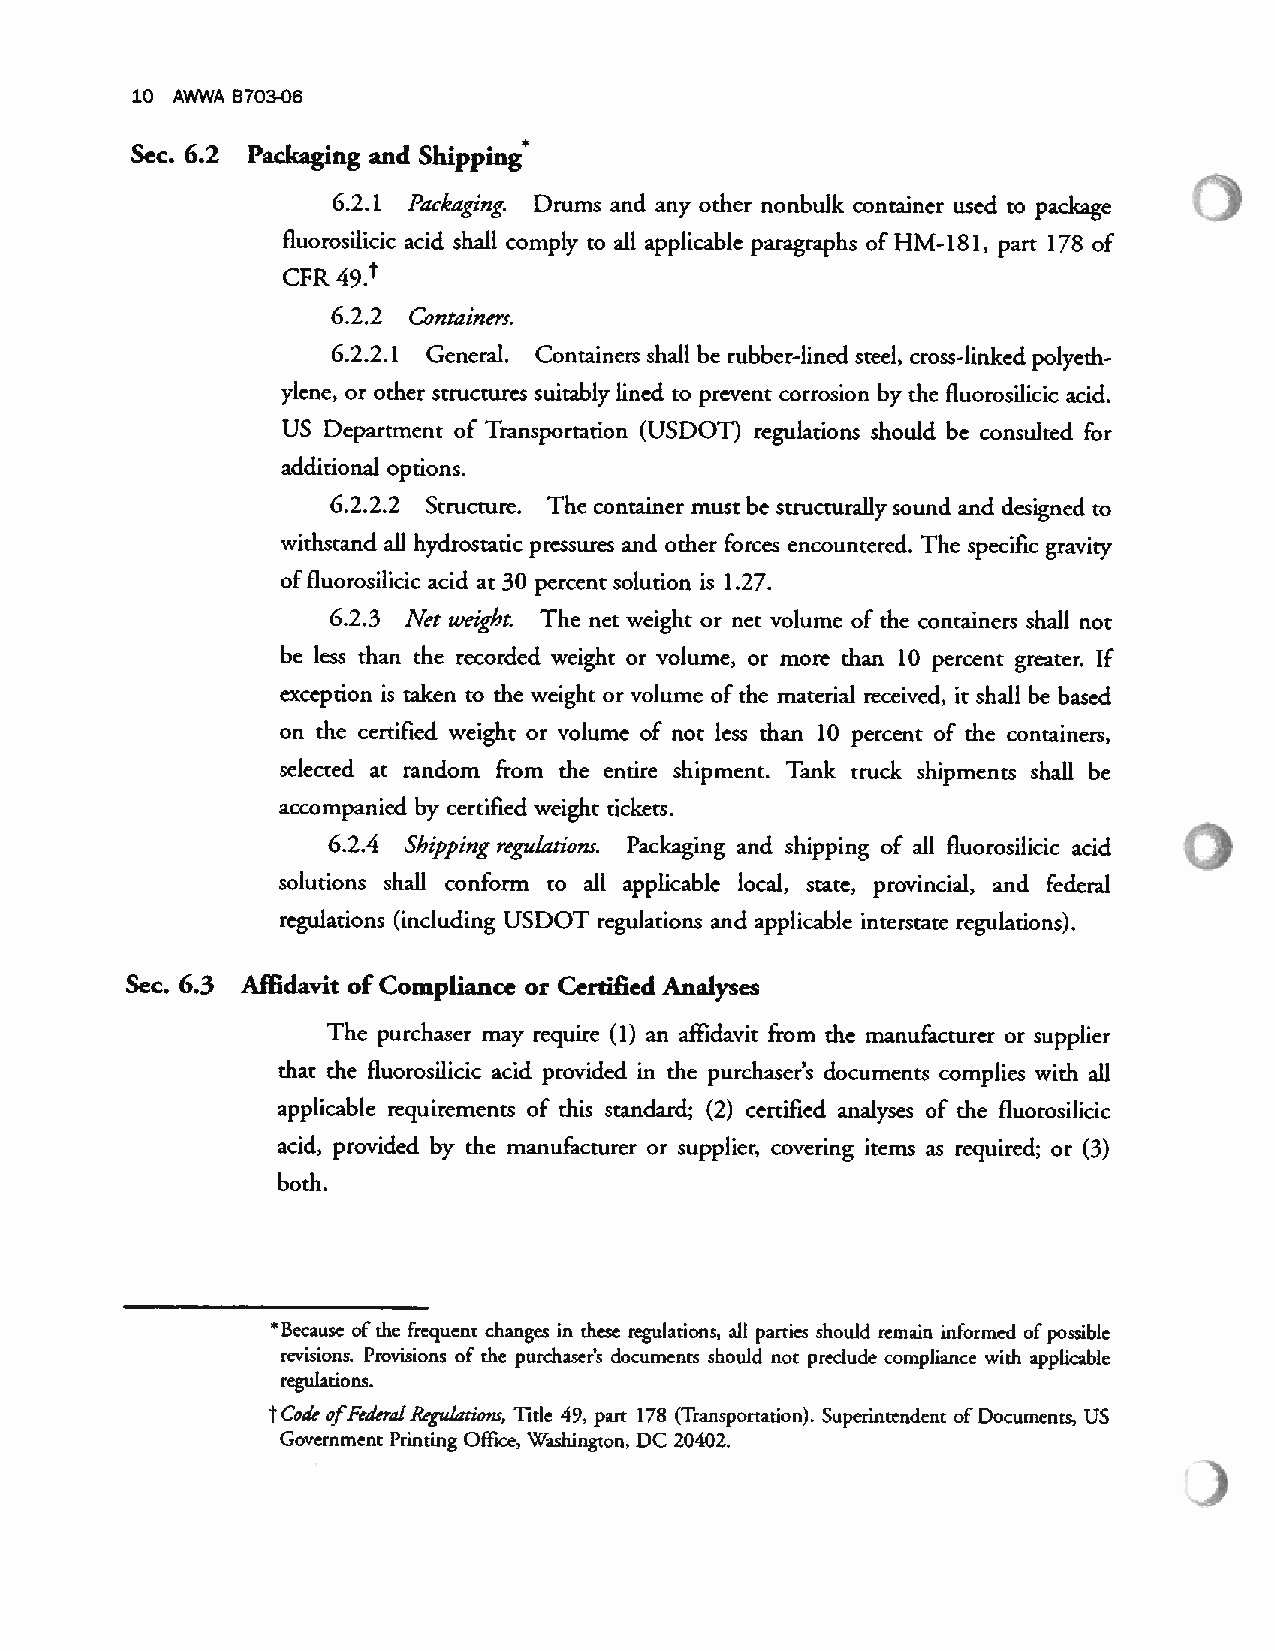
10 AWWA 8703-06
 Sec. 6.2 Packaging and Shippinj
 6.2. 1 Packaging. Drums and any other nonbulk container used to package
 fluorosilicic acid shall comply to all applicable paragraphs of HM-181, part 178 of
 4.9
 CFR
 6.2.2 Containers.
 6.2.2.1 General. Containers shall be rubber-lined steel, cross-linked polyeth
 ylene, or other structures suitably lined to prevent corrosion by the fluorosilicic acid.
 US Department of Transportation (USDOT) regulations should be consulted for
 additional options.
 6.2.2.2 Structure. The container must be structurally sound and designed to
 withstand all hydrostatic pressures and other forces encountered. The specific gravity
 offluorosilicic acid at 30 percent solution is 1.27.
 6.2.3 Net weight. The net weight or net volume of the containers shall not
 be less than the recorded weight or volume, or more than 10 percent greater. If
 exception is taken to the weight or volume of the material received, it shall be based
 on the certified weight or volume of not less than 10 percent of the containers,
 selected at random from the entire shipment. Tank truck shipments shall be
 accompanied by certified weight tickets.
 6.2.4 Shipping regulations. Packaging and shipping of all fluorosilicic acid
 solutions shall conform to all applicable local, state, provincial, and federal
 rezulations (including USDOT regulations and applicable interstate regulations).
 Sec. 6.3 Affidavit of Compliance or Certified Analyses
 The purchaser may require (1) an affidavit from the manufacturer or supplier
 that the fluorosilicic acid provided in the purchaser’s documents complies with all
 applicable requirements of this standard; (2) certified analyses of the fluorosilicic
 acid, provided by the manufacturer or supplier, covering items as required; or (3)
 both.
 tBecause of the frequent changes in these regulations, all parties should remain informed 0f possible
 revisions. Provisions 0f the purchaser’s documents should not preclude compliance with applicable
 regulations
 tcode ofFederal Reguluz-ions, Title 49. parr 178 (Transportation). Superintendent 0f Documents, US
 Government Printing OffIce, Washington, DC 20402.